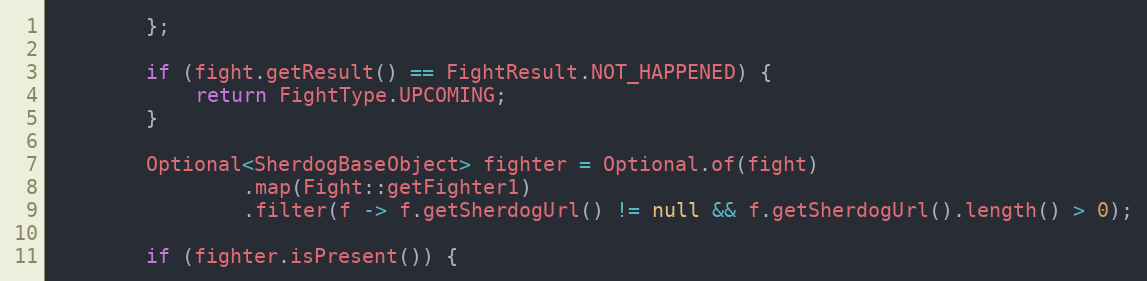
Language: Java
        };

        if (fight.getResult() == FightResult.NOT_HAPPENED) {
            return FightType.UPCOMING;
        }

        Optional<SherdogBaseObject> fighter = Optional.of(fight)
                .map(Fight::getFighter1)
                .filter(f -> f.getSherdogUrl() != null && f.getSherdogUrl().length() > 0);

        if (fighter.isPresent()) {